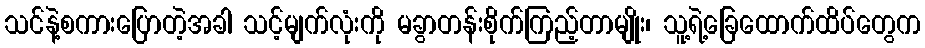
သင်နဲ့စကားပြောတဲ့အခါ သင့်မျက်လုံးကို မခွာတန်းစိုက်ကြည့်တာမျိုး၊ သူ့ရဲ့ခြေထောက်ထိပ်တွေက